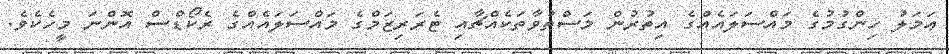
ޢަމަލު ހިންގުމުގެ މައްސަލައެއްގެ އިތުރުން މަސްތުވާތަކެއްޗާއި ޓެރަރިޒަމްގެ މައްސަލައެއްގެ ރެކޯޑްސް އޮންނަ މީހެކެވެ.